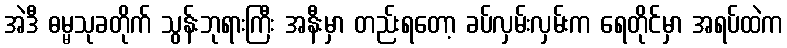
အဲဒီ ဓမ္မသုခတိုက် သွန်းဘုရားကြီး အနီးမှာ တည်းရတော့ ခပ်လှမ်းလှမ်းက ရေတိုင်မှာ အရပ်ထဲက